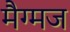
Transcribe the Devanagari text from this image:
मैग्मज